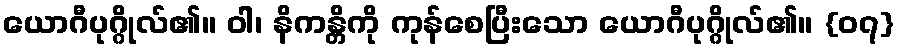
ယောဂီပုဂ္ဂိုလ်၏။ ဝါ၊ နိကန္တိကို ကုန်စေပြီးသော ယောဂီပုဂ္ဂိုလ်၏။ {၀၇}